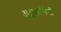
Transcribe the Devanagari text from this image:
अद्र्धागिनी